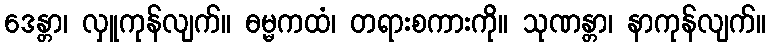
ဒေန္တာ၊ လှူကုန်လျက်။ ဓမ္မကထံ၊ တရားစကားကို။ သုဏန္တာ၊ နာကုန်လျက်။